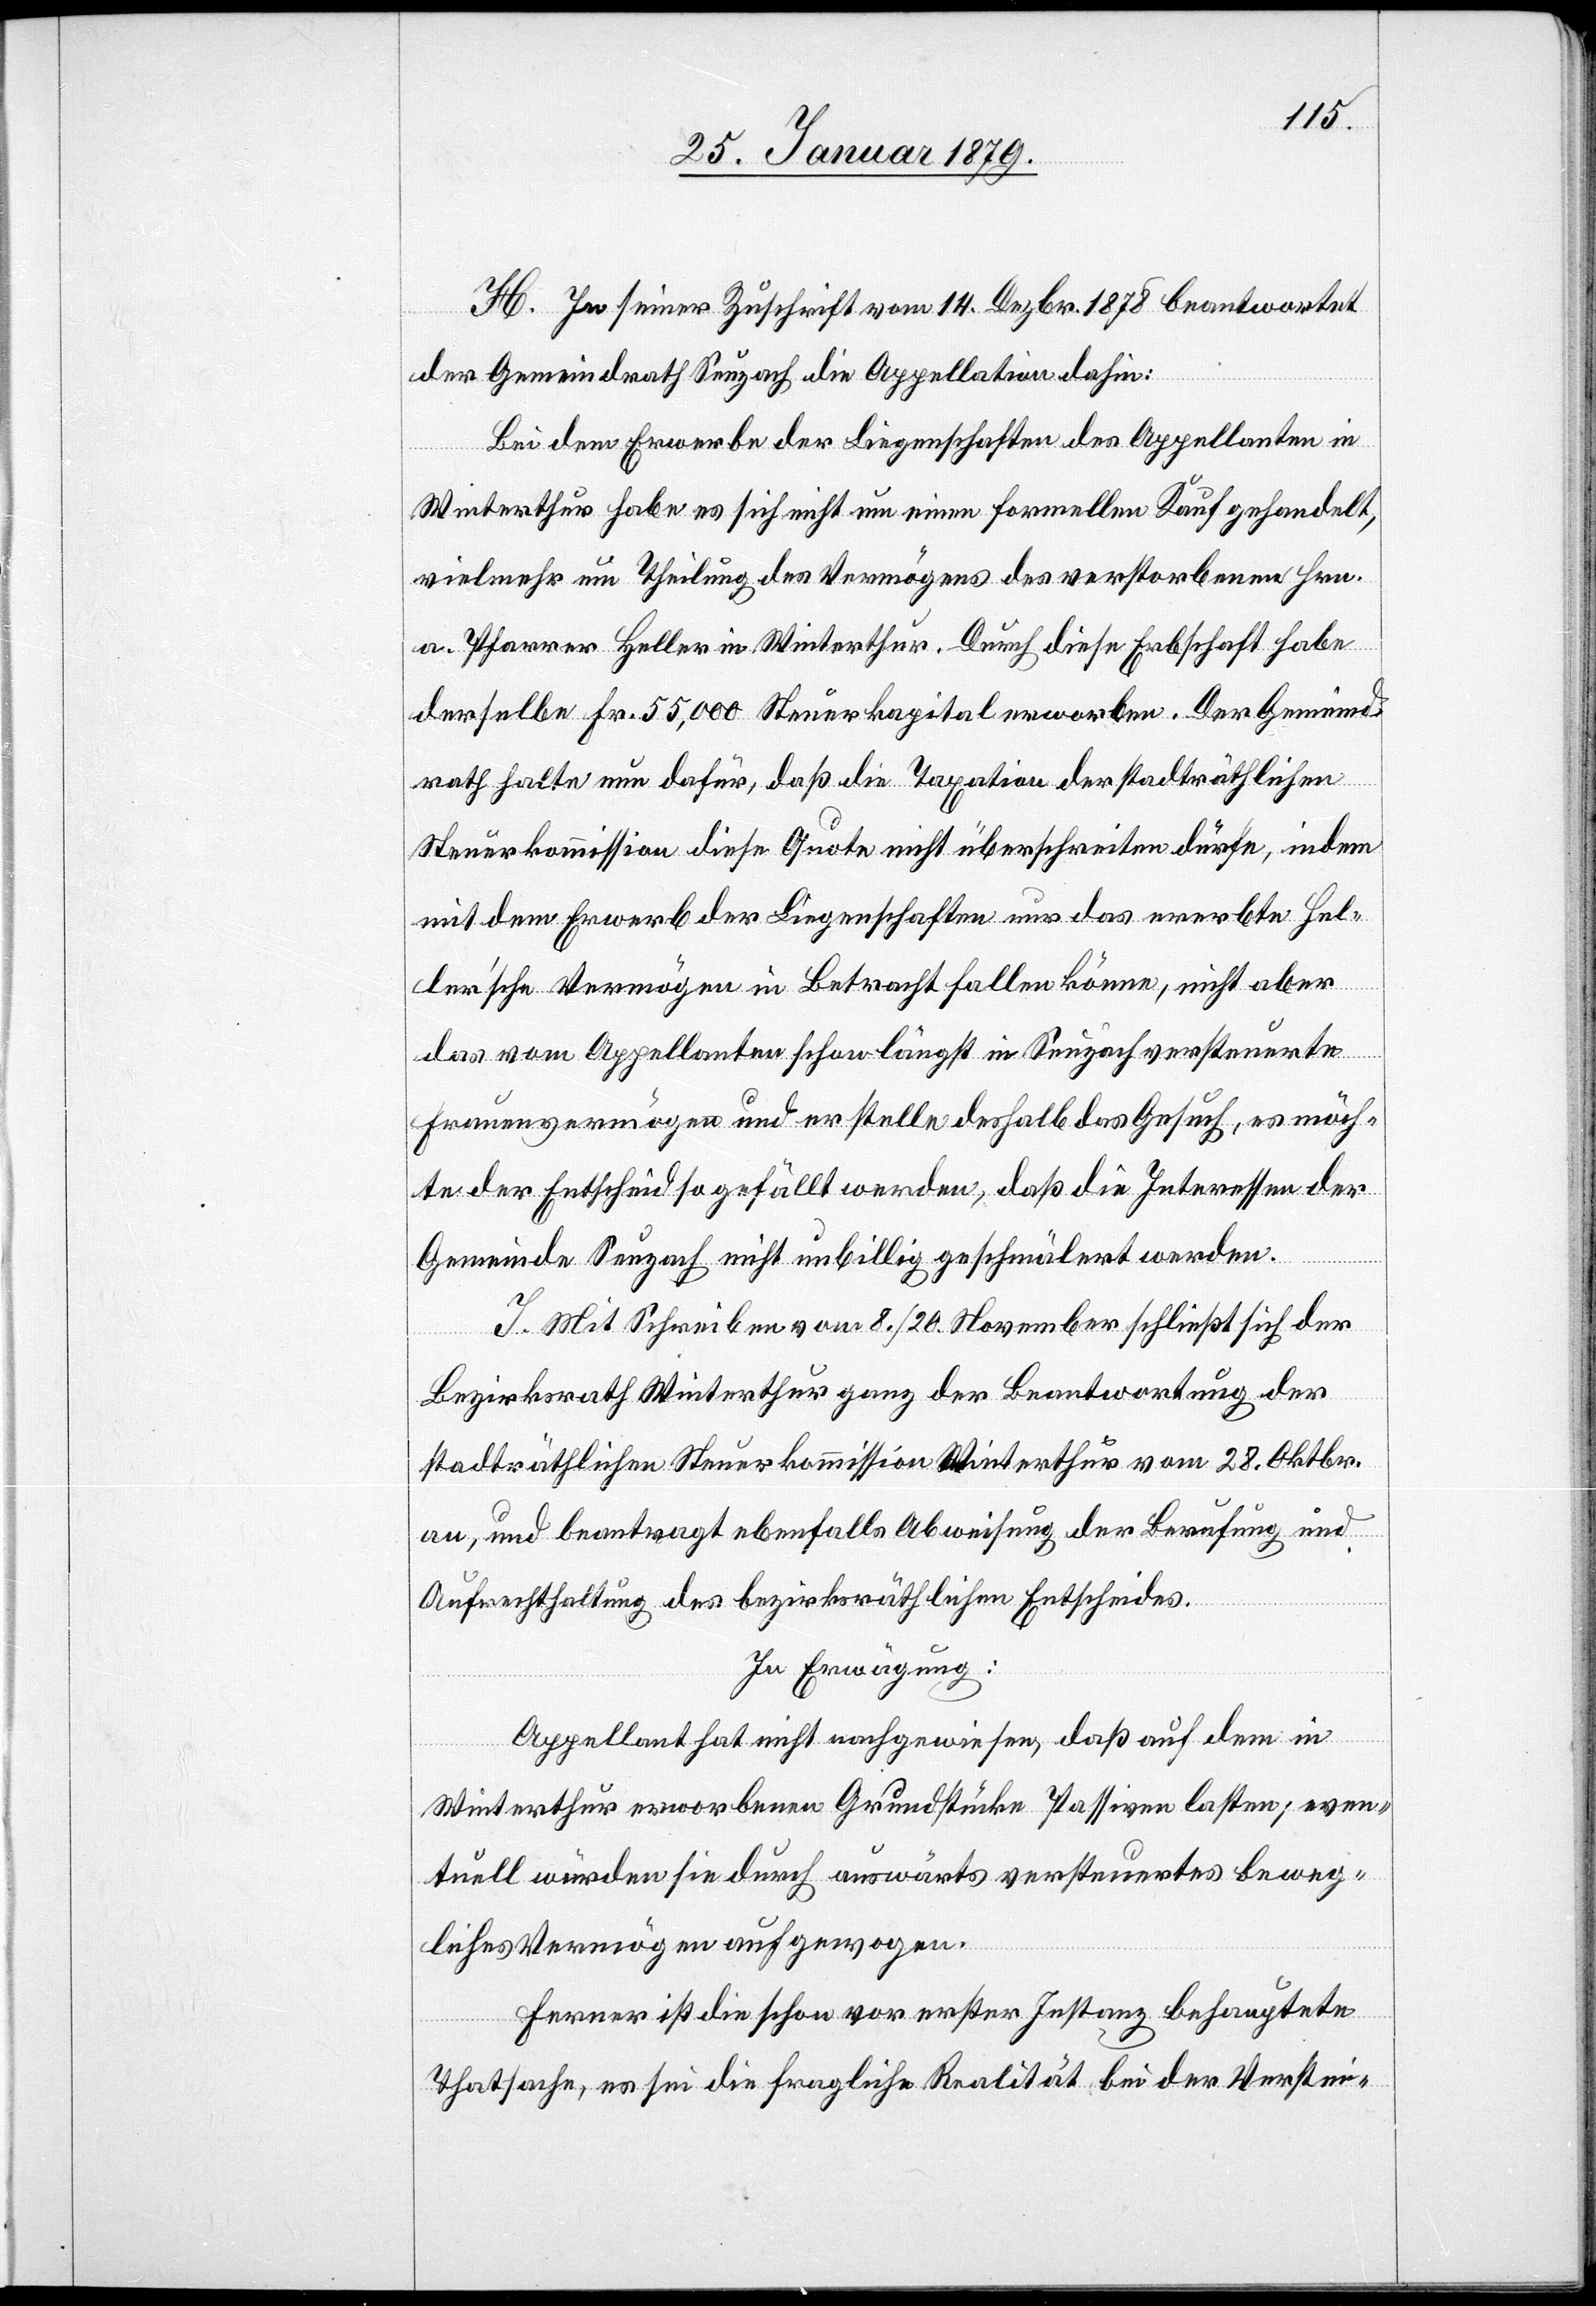
H. In seiner Zuschrift vom 14. Dezbr. 1878 beantwortet
der Gemeindrath Seuzach die Appellation dahin:
Bei dem Erwerbe der Liegenschaften des Appellanten in
Winterthur habe es sich nicht um einen formellen Kauf gehandelt,
vielmehr um Theilung des Vermögens des verstorbenen Hrn.
a. Pfarrer Heller in Winterthur. Durch diese Erbschaft habe
derselbe Fr. 55,000 Steuerkapital erworben. Der Gemeind¬
rath halte nun dafür, daß die Taxation der stadträthlichen
Steuerkommission diese Quote nicht überschreiten dürfe, indem
mit dem Erwerb der Liegenschaften nur das ererbte Hel¬
ler’sche Vermögen in Betracht fallen könne, nicht aber
das vom Appellanten schon längst in Seuzach versteuerte
Frauenvermögen und er stelle deshalb das Gesuch, es möch¬
te der Entscheid so gefällt werden, daß die Interessen der
Gemeinde Seuzach nicht unbillig geschmälert werden.
I. Mit Schreiben vom 8./20. November schließt sich der
Bezirksrath Winterthur ganz der Beantwortung der
stadträthlichen Steuerkommission Winterthur vom 28. Oktbr.
an, und beantragt ebenfalls Abweisung der Berufung und
Aufrechthaltung des bezirksräthlichen Entscheides.
In Erwägung:
Appellant hat nicht nachgewiesen, daß auf dem in
Winterthur erworbenen Grundstücke Passiven lasten; even¬
tuell würden sie durch auswärts versteuertes beweg¬
liches Vermögen aufgewogen.
Ferner ist die schon vor erster Instanz behauptete
Thatsache, es sei die fragliche Realität bei der Verstei-